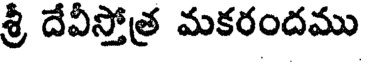
శ్రీ దేవీస్తోత్ర మకరందము